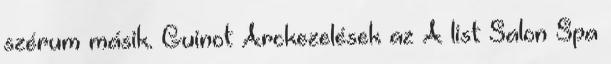
szérum másik. Guinot Arckezelések az A list Salon Spa